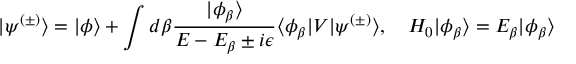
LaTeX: | \psi ^ { ( \pm ) } \rangle = | \phi \rangle + \int d \beta { \frac { | \phi _ { \beta } \rangle } { E - E _ { \beta } \pm i \epsilon } } \langle \phi _ { \beta } | V | \psi ^ { ( \pm ) } \rangle , \quad H _ { 0 } | \phi _ { \beta } \rangle = E _ { \beta } | \phi _ { \beta } \rangle